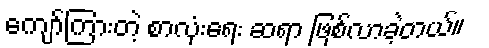
ကျော်ကြားတဲ့ စာလုံးရေး ဆရာ ဖြစ်လာခဲ့တယ်။